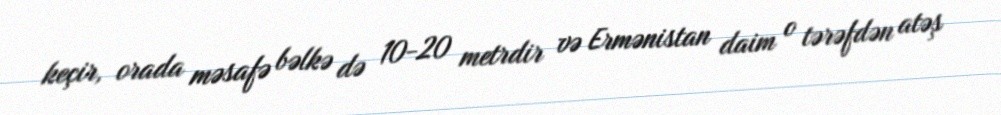
keçir, orada məsafə bəlkə də 10-20 metrdir və Ermənistan daim o tərəfdən atəş